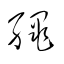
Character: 縄